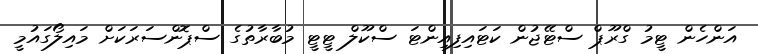
އަންހެން ޓީމު ގްރޫޕް ސްޓޭޖުން ކަޓައިފިއިންޓަ ސްކޫލް ޓީޓީ މުބާރާތުގެ ސްޕޮންސަރަކަށް މައިލޯގައުމީ